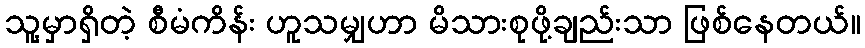
သူ့မှာရှိတဲ့ စီမံကိန်း ဟူသမျှဟာ မိသားစုဖို့ချည်းသာ ဖြစ်နေတယ်။